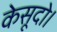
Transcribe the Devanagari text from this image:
केसूदो।